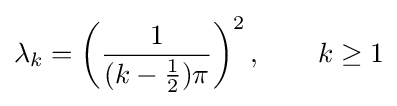
\lambda _{k}=\left({\frac {1}{(k-{\frac {1}{2}})\pi }}\right)^{2},\qquad k\geq 1